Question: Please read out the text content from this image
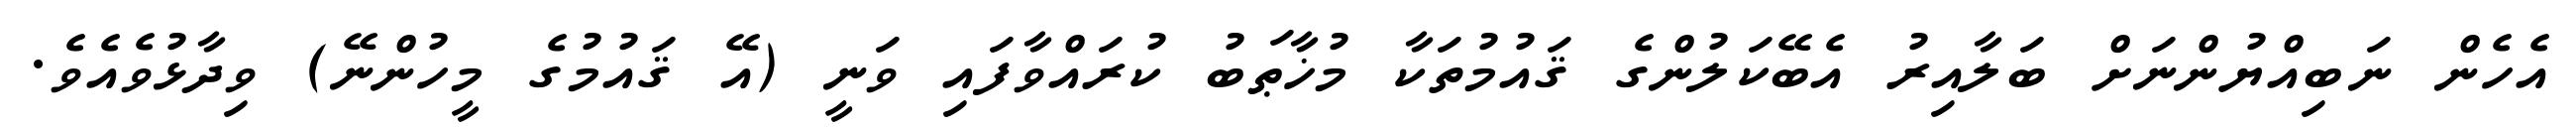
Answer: އެހެން ނަބިއްޔުންނަށް ބަލާއިރު އެބޭކަލުންގެ ޤައުމުތަކާ މުޚާޠަބު ކުރައްވާފައި ވަނީ (އޭ ޤައުމުގެ މީހުންނޭ) ވިދާޅުވެއެވެ.